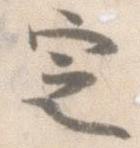
定